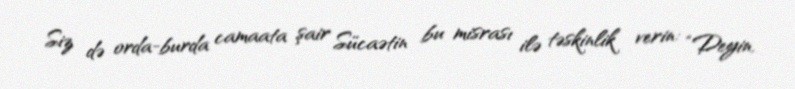
Siz də orda-burda camaata şair Sücaətin bu misrası ilə təskinlik verin: “Deyin,